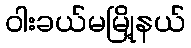
ဝါးခယ်မမြို့နယ်